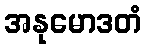
အနုမောဒတံ